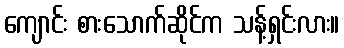
ကျောင်း စားသောက်ဆိုင်က သန့်ရှင်းလား။